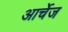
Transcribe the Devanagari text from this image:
आर्चेज